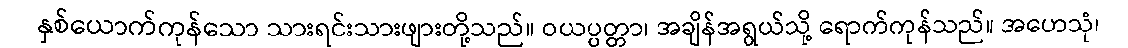
နှစ်ယောက်ကုန်သော သားရင်းသားဖျားတို့သည်။ ဝယပ္ပတ္တာ၊ အချိန်အရွယ်သို့ ရောက်ကုန်သည်။ အဟေသုံ၊